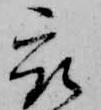
被